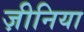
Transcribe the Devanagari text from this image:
ज़ीनिया